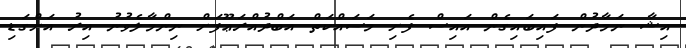
އިޝާ ނަމާދުން ފައިބައިގެން އައިސް ފެށި މަސައްކަތް އަބްދުއްރަޢޫފަށް ނިންމާލެވުނު އިރު އަށްގަޑި